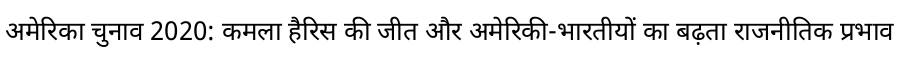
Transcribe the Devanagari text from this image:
अमेरिका चुनाव 2020: कमला हैरिस की जीत और अमेरिकी-भारतीयों का बढ़ता राजनीतिक प्रभाव